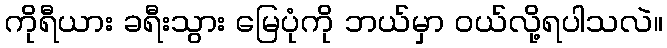
ကိုရီယား ခရီးသွား မြေပုံကို ဘယ်မှာ ဝယ်လို့ရပါသလဲ။